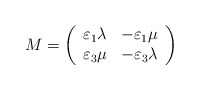
\begin{align*}M=\left( \begin{array}{cc}\varepsilon_1\lambda &-\varepsilon_1\mu\\\varepsilon_3\mu&-\varepsilon_{3}\lambda\end{array}\right) \end{align*}